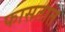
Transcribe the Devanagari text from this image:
फासतात